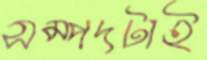
সম্পদটাই